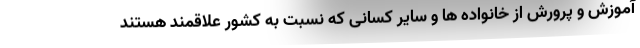
آموزش و پرورش از خانواده ها و سایر کسانی که نسبت به کشور علاقمند هستند